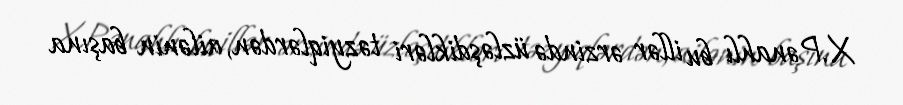
X.Pənahlı bu illər ərzində üzləşdikləri təzyiqlərdən, ailənin başına